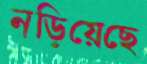
নড়িয়েছে